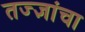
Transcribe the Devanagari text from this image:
तज्‍ज्ञांचा